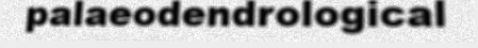
palaeodendrological